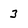
Character: 3